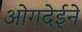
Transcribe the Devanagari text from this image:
ओगदेईने